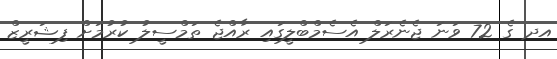
އދ ގެ 72 ވަނަ ޖެނެރަލް އެސެމްބްލީގައި ރާއްޖެ ތަމްސީލު ކުރުމަށް ފިޝަރީޒް